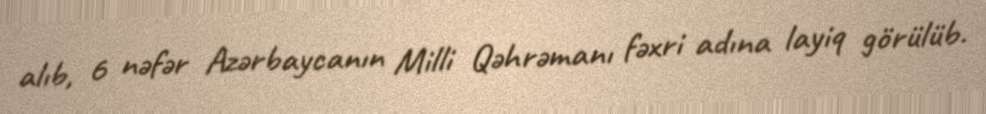
alıb, 6 nəfər Azərbaycanın Milli Qəhrəmanı fəxri adına layiq görülüb.